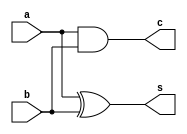
// -------------------------
// Exemplo_0801 - FULL ADDER
// Nome: Felipe Augusto Morais Silva 
// -------------------------
// -------------------------
// half adder
// -------------------------
module halfAdder (output s,output c,input a,input b);
// descrever por portas
xor XOR1 ( s, a, b ); //sum
and AND1 ( c, a, b ); //carry
endmodule // halfAdder
// -------------------------
// full adder
// -------------------------
module fullAdder ( output sum, output cout, input a, input b, input cin );
// descrever por portas e/ou modulos
//wire x, y ,z;
assign {sum, cout} = a + b + cin; // tentei fazer desse jeito que eu vi na internet mas deu errado
//or or1(count, y, z);
endmodule // fullAdder
// Code your testbench here
module test_fullAdder;
// ------------------------- definir dados
reg [3:0] x;
reg [3:0] y;
wire [3:0] carry; // vai-um
wire [4:0] soma;
// halfAdder HA0 ( carry[0], soma[0], x[0], y[0] );
	fullAdder FA0 ( carry[0], soma[0], x[0], y[0], 1'b0 );
	fullAdder FA1 ( carry[1], soma[1], x[1], y[1], carry[1] );
	fullAdder FA2 ( carry[2], soma[2], x[2], y[2], carry[2] );
	fullAdder FA3 ( soma [4], soma[3], x[3], y[3], carry[3] );
// ------------------------- parte principal
initial begin
$display("Exemplo0801 - Felipe Augusto Morais Silva - 748473");
$display("Test ALU's full adder");
$display(" a    +     B    =   Sum");
$monitor ("%1b%1b%1b%1b   + %1b%1b%1b%1b --> %1b%1b%1b%1b", x[3], x[2], x[1], x[0], y[3], y[2], y[1], y[0], soma[3], soma[2], soma[1], soma[0]);
           x[3] = 1'b0; x[2] = 1'b0; x[1] = 1'b0; x[0] = 1'b0;  y[3] = 1'b0; y[2] = 1'b0; y[1] = 1'b0; y[0] = 1'b0;
		#1 x[3] = 1'b0; x[2] = 1'b0; x[1] = 1'b0; x[0] = 1'b1;  y[3] = 1'b0; y[2] = 1'b0; y[1] = 1'b0; y[0] = 1'b1;
		#1 x[3] = 1'b0; x[2] = 1'b0; x[1] = 1'b1; x[0] = 1'b0;  y[3] = 1'b0; y[2] = 1'b0; y[1] = 1'b1; y[0] = 1'b0;
		#1 x[3] = 1'b0; x[2] = 1'b0; x[1] = 1'b1; x[0] = 1'b1;  y[3] = 1'b0; y[2] = 1'b0; y[1] = 1'b1; y[0] = 1'b1;
		#1 x[3] = 1'b0; x[2] = 1'b1; x[1] = 1'b0; x[0] = 1'b0;  y[3] = 1'b0; y[2] = 1'b1; y[1] = 1'b0; y[0] = 1'b0;
		#1 x[3] = 1'b0; x[2] = 1'b1; x[1] = 1'b0; x[0] = 1'b1;  y[3] = 1'b0; y[2] = 1'b1; y[1] = 1'b0; y[0] = 1'b1;
		#1 x[3] = 1'b0; x[2] = 1'b1; x[1] = 1'b1; x[0] = 1'b0;  y[3] = 1'b0; y[2] = 1'b1; y[1] = 1'b1; y[0] = 1'b0;
		#1 x[3] = 1'b0; x[2] = 1'b1; x[1] = 1'b1; x[0] = 1'b1;  y[3] = 1'b0; y[2] = 1'b1; y[1] = 1'b1; y[0] = 1'b1;
		#1 x[3] = 1'b1; x[2] = 1'b0; x[1] = 1'b0; x[0] = 1'b0;  y[3] = 1'b1; y[2] = 1'b0; y[1] = 1'b0; y[0] = 1'b0;
		#1 x[3] = 1'b1; x[2] = 1'b0; x[1] = 1'b0; x[0] = 1'b1;  y[3] = 1'b1; y[2] = 1'b0; y[1] = 1'b0; y[0] = 1'b1;
		#1 x[3] = 1'b1; x[2] = 1'b0; x[1] = 1'b1; x[0] = 1'b0;  y[3] = 1'b1; y[2] = 1'b0; y[1] = 1'b1; y[0] = 1'b0;
		#1 x[3] = 1'b1; x[2] = 1'b0; x[1] = 1'b1; x[0] = 1'b1;  y[3] = 1'b1; y[2] = 1'b0; y[1] = 1'b1; y[0] = 1'b1;
		#1 x[3] = 1'b1; x[2] = 1'b1; x[1] = 1'b0; x[0] = 1'b0;  y[3] = 1'b1; y[2] = 1'b1; y[1] = 1'b0; y[0] = 1'b0;
		#1 x[3] = 1'b1; x[2] = 1'b1; x[1] = 1'b0; x[0] = 1'b1;  y[3] = 1'b1; y[2] = 1'b1; y[1] = 1'b0; y[0] = 1'b1;
		#1 x[3] = 1'b1; x[2] = 1'b1; x[1] = 1'b1; x[0] = 1'b0;  y[3] = 1'b1; y[2] = 1'b1; y[1] = 1'b1; y[0] = 1'b0;
		#1 x[3] = 1'b1; x[2] = 1'b1; x[1] = 1'b1; x[0] = 1'b1;  y[3] = 1'b1; y[2] = 1'b1; y[1] = 1'b1; y[0] = 1'b1;
		#1 x[3] = 1'b0; x[2] = 1'b1; x[1] = 1'b1; x[0] = 1'b1;  y[3] = 1'b1; y[2] = 1'b0; y[1] = 1'b1; y[0] = 1'b1;
end
endmodule // test_fullAdder

// half-adder test_bench by Md. Nahidul Islam
// module tb_half_adder();
// reg a, b;
// wire s, c;
// half_adder ckt(a,b,s,c);
//initial 
//begin
//	a = 1'b0;
//	b = 1'b0;
//	#100
//	a = 1'b1; 
//	b = 1'b0;
//	#100
//	a = 1'b0; 
//	b = 1'b1;
//	#100
//	a = 1'b1; 
//	b = 1'b1;


//end 
//endmodule